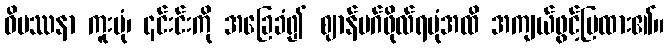
ဝိပဿနာ ကူးပုံ၊ ၎င်းင်းကို အခြေခံ၍ ဈာန်မဂ်ဖိုလ်ရပုံအထိ အကျယ်ဖွင့်ပြထား၏။